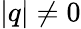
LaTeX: \vert q\vert\ne 0